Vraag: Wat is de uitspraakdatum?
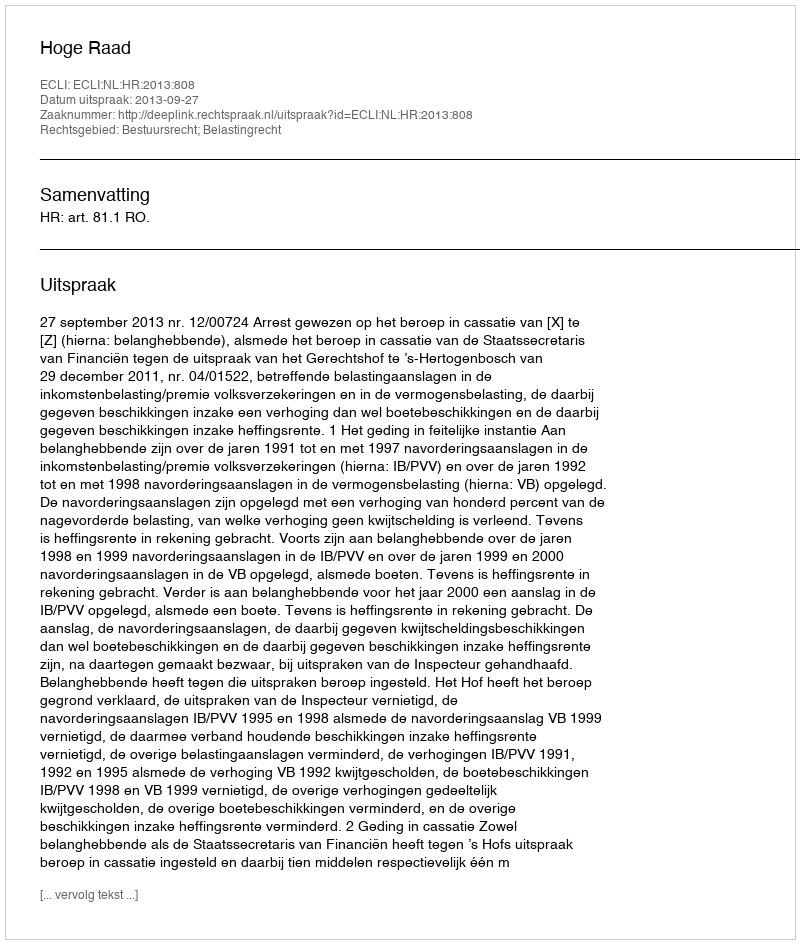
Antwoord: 2013-09-27